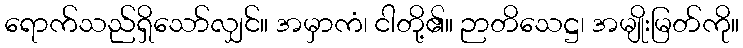
ရောက်သည်ရှိသော်လျှင်။ အမှာကံ၊ ငါတို့၏။ ဉာတိသေဋ္ဌ၊ အမျိုးမြတ်ကို။